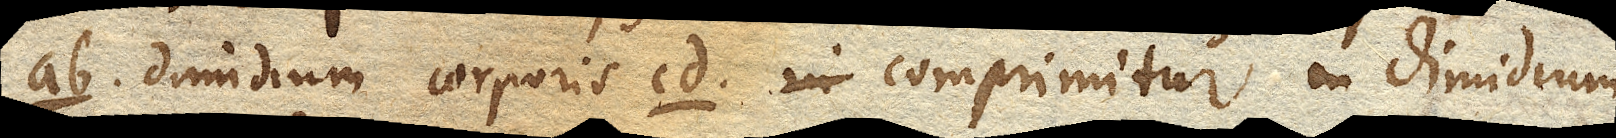
ab. dimidium corporis cd. comprimitur in dimidium